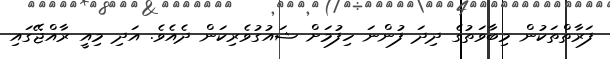
ފަރާތްތަކުން މިބާވަތުގެ ދިދަ ފުންނަ ހިފުމަށް ޝައުގުވެރިކަން ދެއެވެ. އަދި މިއީ ރާއްޖޭގައި